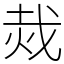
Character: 烖